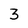
Character: 3